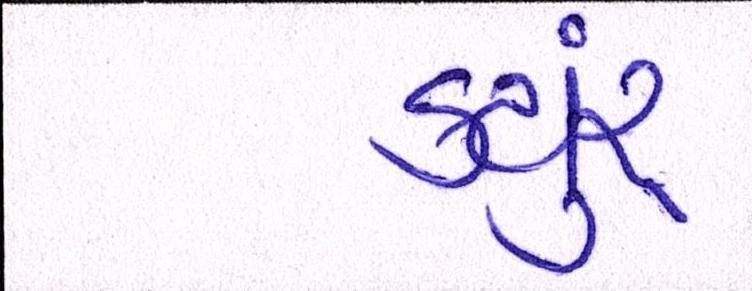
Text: કયુંર્